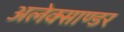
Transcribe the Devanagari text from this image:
अलेक्साण्डर